Scottish Leaving Certificate Examination, 1951
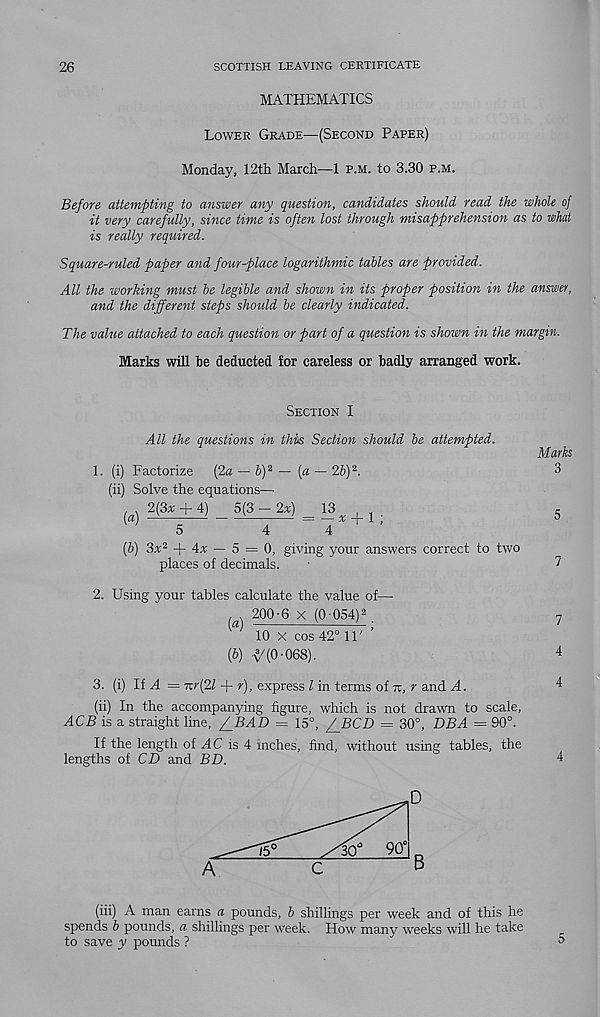
26
SCOTTISH LEAVING CERTIFICATE
MATHEMATICS
LOWER GRADE—(SECOND PAPER)
Monday, 12th March—1 P.M. to 3.30 P.M.
Before attempting to answer any question, candidates should read the whole of
it very carefully, since time is often lost through misapprehension as to what
is really required.
Square-ruled paper and four-place logarithmic tables are provided.
All the working must be legible and shown in its proper position in the answer,
and the different steps should be clearly indicated.
The value attached to each question or part of a question is shown in the margin.
Marks will he deducted for careless or badly arranged work.
SECTION I
All the questions in this Section should be attempted.
Marks
1. (i) Factorize (2a — b) 2 — (a—2b) 2 .
3
(ii) Solve the equations—•
(g) 2(3* + 4)_5(3—2r) = l_3^ + 1 .
5
5
4
4
(b) 3x 2 + 4« — 5 = 0, giving your answers correct to two
places of decimals.
■
7
2. Using your tables calculate the value of—
(a)
2 00-6 X (0-054) 2 .
7
61
10 X cos 42° 11' ’
(b)
(0-068).
4
3. (i) UA= v:r(2l + r), express l in terms of TT, r and A.
4
(ii) In the accompanying figure, which is not drawn to scale,
ACB is a straight line, ffBAD = 15°, f^BCD = 30°, DBA = 90°.
If the length of AC is 4 inches, find, without using tables, the
lengths of CD and BD.
4
(iii) A man earns a pounds, b shillings per week and of this he
spends b pounds, a shillings per week. How many weeks will he take
to save y pounds ?